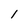
Character: 1